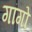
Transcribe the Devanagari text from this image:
गांगो